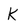
Character: K